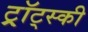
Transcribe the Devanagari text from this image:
ट्र्रॉट्स्की